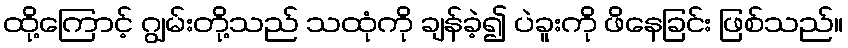
ထို့ကြောင့် ဂျွမ်းတို့သည် သထုံကို ချန်ခဲ့၍ ပဲခူးကို ဖိနေခြင်း ဖြစ်သည်။